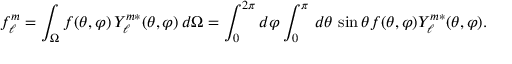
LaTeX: f _ { \ell } ^ { m } = \int _ { \Omega } f ( \theta , \varphi ) \, Y _ { \ell } ^ { m * } ( \theta , \varphi ) \, d \Omega = \int _ { 0 } ^ { 2 \pi } d \varphi \int _ { 0 } ^ { \pi } \, d \theta \, \sin \theta f ( \theta , \varphi ) Y _ { \ell } ^ { m * } ( \theta , \varphi ) .